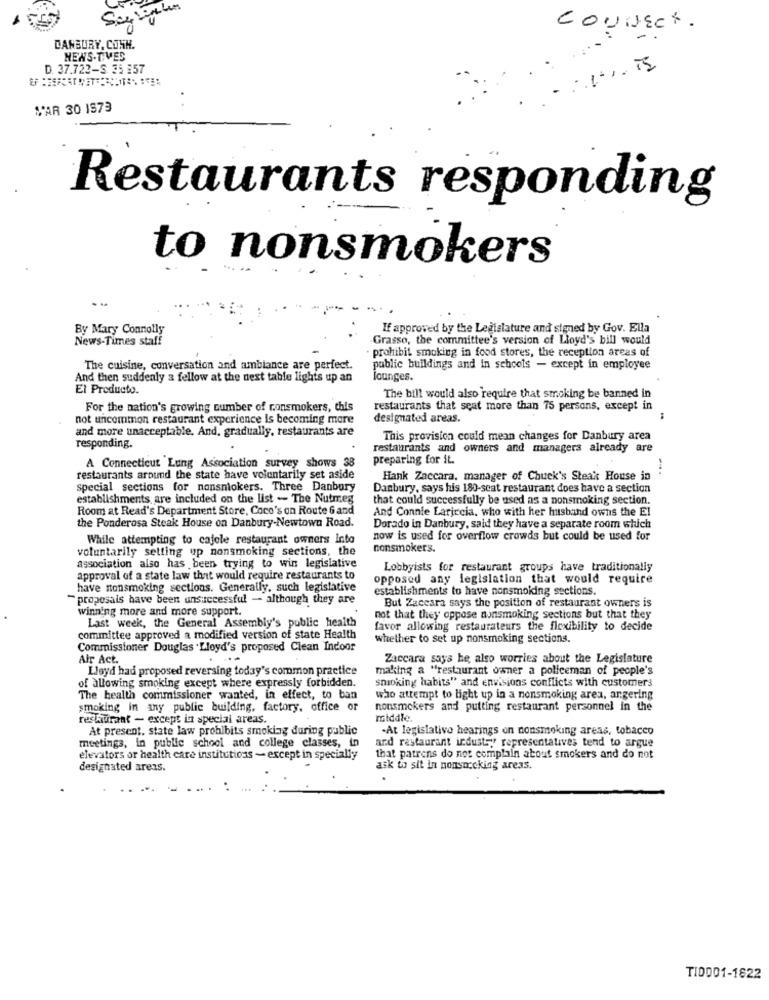
CONNECT.
DANBURY, CONH.
NEWS.TIVES
D. 37.722-S 35 :57
CAR 30 1973
Restaurants responding
to nonsmokers
By Mary Connolly
If approved by the Legislature and signed by Gov. Ella
News-Times staff
Grasso, the committee's version of Lloyd's bill would
prohibit smoking in food stores, the reception areas of
The cuisine, conversation and ambiance are perfect.
public buildings and in schools - except in employee
And then suddenly a fellow at the next table lights up an
lounges.
El Producto.
The bill would also require that smoking be banned in
For the nation's growing number of ronsmokers, this
restaurants that seat more than 75 persons, except in
not uncommon restaurant experience is becoming more
designated areas.
and more unacceptable. And, gradually, restaurants are
This provision could mean changes for Danbury area
responding.
restaurants and owners and managers already are
preparing for it.
A Connecticut Lung Association survey shows 38
restaurants around the state have voluntarily set aside
Hank Zaccara. manager of Chuck's Steak House in
special sections for nonsmokers. Three Danbury
Danbury, says his 180-seat restaurant does have a section
establishments are included on the list - The Nutmeg
that could successfully be used as a nonsmoking section.
Room at Read's Department Store, Coco's on Route 6 and
And Connie Lariccia, who with her husband owns the El
the Ponderosa Steak House on Danbury-Newtown Road.
Dorado in Danbury, said they have a separate room which
While attempting to cafele restaurant owners Into
now is used for overflow crowds but could be used for
voluntarily setting up nonsmoking sections, the
nonsmokers.
association also has been trying to win legislative
Lobbyists for restaurant groups have traditionally
approval of a state law that would require restaurants to
opposed any legislation that would require
have nonsmoking sections. Generally, such legislative
establishments to have nonsmoking sections.
"proposals have been unsuccessful - although they are
But Zaceara says the position of restaurant owners is
winning more and more support.
Last week, the General Assembly's public health
not that they oppose nonsmoking Sections but that they
favor allowing restaurateurs the flexibility to decide
committee approved a modified version of state Health
whether to set up nonsmoking sections.
Commissioner Douglas Lloyd's proposed Clean Indoor
Air Act.
Zaccara says he also worries about the Legislature
Lloyd had proposed reversing today's common practice
making a "restaurant owner a policeman of people's
of allowing smoking except where expressly forbidden.
smoking habits" and envisions conflicts with customers
The health commissioner wanted, in effect, to ban
who attempt to light up in a nonsmoking area, angering
smoking in any public building, factory, office or
nonsmokers and putting restaurant personnel in the
restaurant - except in special areas.
middle.
At present. state law prohibits smoking during public
-At legislativo hearings on nonsmoking areas, tobacco
and restaurant industry" representatives tend to argue
meetings, in public school and college classes, in
elevators or health care institutions - except in specially
that patrons do not complain about smokers and do not
designated areas.
ask to sit in nonsoccking areas.
TI0001-1822